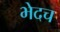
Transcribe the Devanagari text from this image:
भेदच